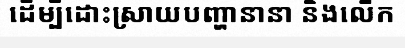
ដើម្បីដោះស្រាយបញ្ហានានា និងលើក